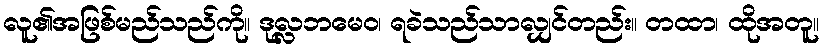
လူ၏အဖြစ်မည်သည်ကို။ ဒုလ္လဘမေဝ၊ ရခဲသည်သာလျှင်တည်း။ တထာ၊ ထိုအတူ။